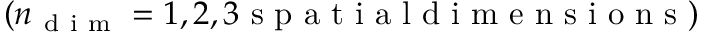
( n _ { \mathrm { ~ d ~ i ~ m ~ } } = 1 , 2 , 3 \mathrm { ~ s ~ p ~ a ~ t ~ i ~ a ~ l ~ d ~ i ~ m ~ e ~ n ~ s ~ i ~ o ~ n ~ s ~ } )